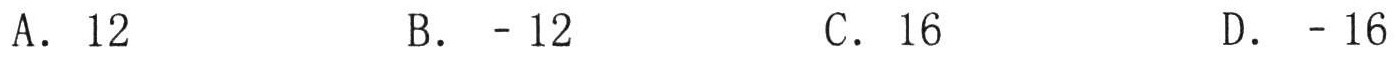
A. \(12\)  \hspace{3em} B. \(-12\)  \hspace{3em} C. \(16\)  \hspace{3em} D. \(-16\)